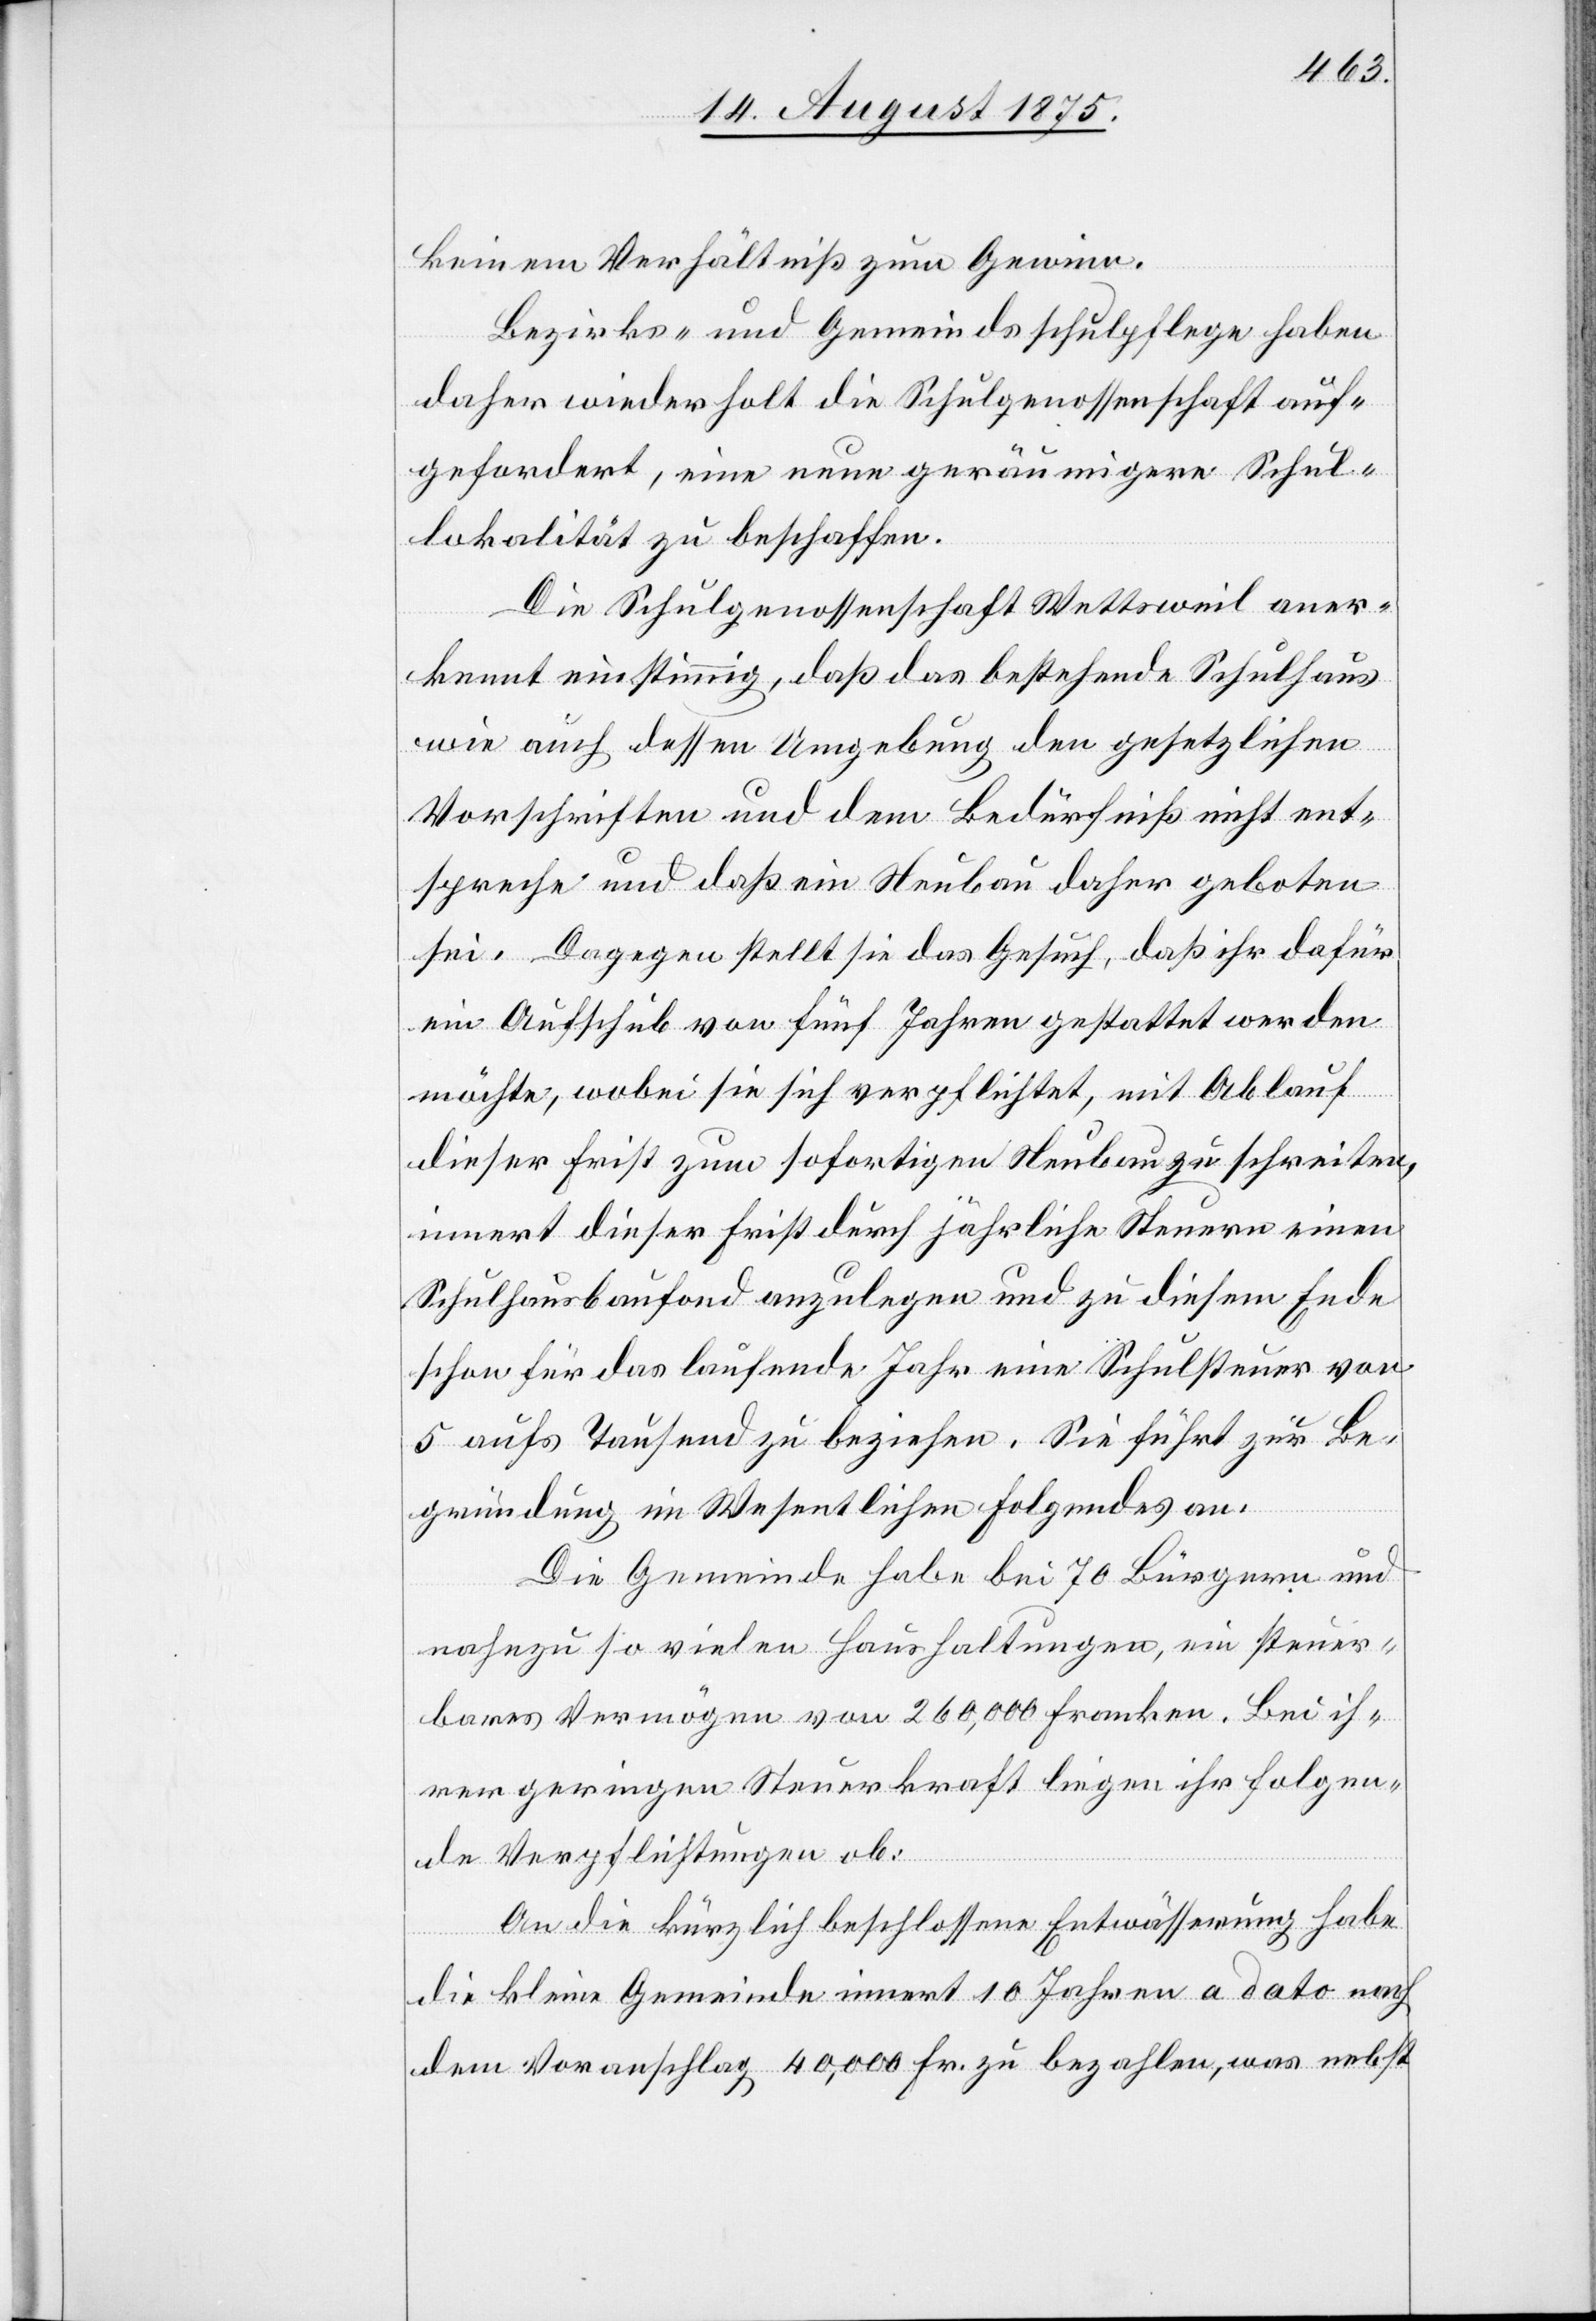
keinem Verhältniß zum Gewinn.
Bezirks- und Gemeindsschulpflege haben
daher wiederholt die Schulgenossenschaft auf¬
gefordert, eine neue geräumigere Schul¬
lokalität zu beschaffen.
Die Schulgenossenschaft Wettsweil aner¬
kennt einstimmig, daß das bestehende Schulhaus
wie auch dessen Umgebung den gesetzlichen
Vorschriften und dem Bedürfniß nicht ent¬
spreche und daß ein Neubau daher geboten
sei. Dagegen stellt sie das Gesuch, daß ihr dafür
Aufschub von fünf Jahren gestattet werden
möchte, wobei sie sich verpflichtet, mit Ablauf
dieser Frist zum sofortigen Neubau zu schreiten,
innert dieser Frist durch jährliche Steuern einen
Schulhausbaufond anzulegen und zu diesem Ende
schon für das laufende Jahr eine Schulsteuer von
5 aufs Tausend zu beziehen. Sie führt zu Be¬
gründung im Wesentlichen folgendes an:
Die Gemeinde habe bei 70 Bürgern und
nahezu so vielen Haushaltungen, ein steuer¬
bares Vermögen von 260,000 Franken. Bei ih¬
rer geringen Steuerkraft liegen ihr folgen¬
de Verpflichtungen ob:
An die kürzlich beschlossene Entwässerung habe
die kleine Gemeinde innert 10 Jahren a dato nach
dem Voranschlag 40,000 Fr. zu bezahlen, was nebst